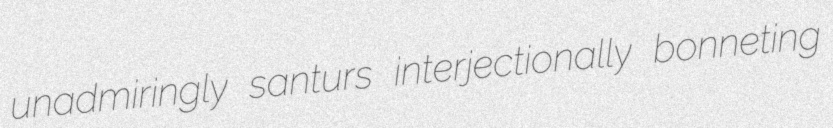
unadmiringly santurs interjectionally bonneting